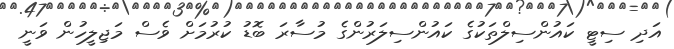
އަދި ސިޓީ ކައުންސިލްތަކުގެ ކައުންސިލަރުންގެ މުސާރަ ބޮޑު ކުރުމަށް ވެސް މަޖިލީހުން ވަނީ